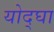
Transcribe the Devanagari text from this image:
योद्घा